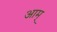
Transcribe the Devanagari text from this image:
आम्